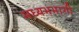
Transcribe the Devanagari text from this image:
मध्यभभागी